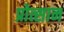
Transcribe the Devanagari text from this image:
प्रोत्सान